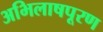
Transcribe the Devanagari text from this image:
अभिलाषपूरण